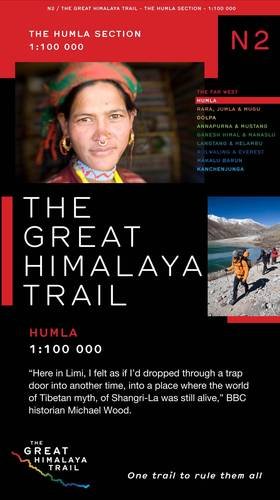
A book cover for The Great Himalaya Trail N2: The Humla Section; Travel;